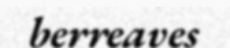
berreaves